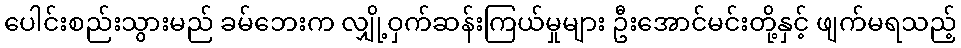
ပေါင်းစည်းသွားမည် ခမ်ဘေးက လျှို့ဝှက်ဆန်းကြယ်မှုများ ဦးအောင်မင်းတို့နှင့် ဖျက်မရသည့်